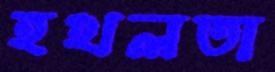
হখলতা